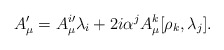
\begin{align*}A_{\mu}^{\prime} = A^{i \prime}_{\mu} \lambda_i + 2 i \alpha^j A^k_{\mu}[\rho_k, \lambda_j].\end{align*}